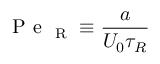
\mathrm { ~ P ~ e ~ } _ { \mathrm { ~ R ~ } } \equiv \frac { a } { U _ { 0 } \tau _ { R } }